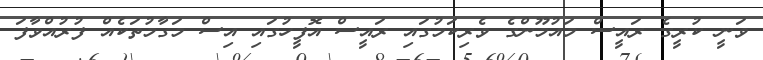
ވަނީ ކުރީގެ ރައީސް މައުމޫންގެ ވެރިކަމުގައި ރައީސް އޮފީހުގައި އިސް މަގާމުތަކެއް ފުރުއްވާފަ